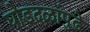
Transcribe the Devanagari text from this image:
घोडदळांपुढे